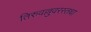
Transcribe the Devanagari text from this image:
तिरुवल्लुवरस्तथा